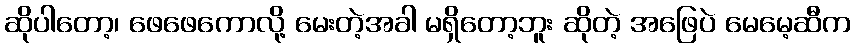
ဆိုပါတော့၊ ဖေဖေကောလို့ မေးတဲ့အခါ မရှိတော့ဘူး ဆိုတဲ့ အဖြေပဲ မေမေ့ဆီက